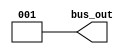
module constantValueGenerator 
	# (parameter W = 3, C = 9) (bus_out);
	
	output wire [W-1:0] bus_out;
	
	assign bus_out = C;
endmodule